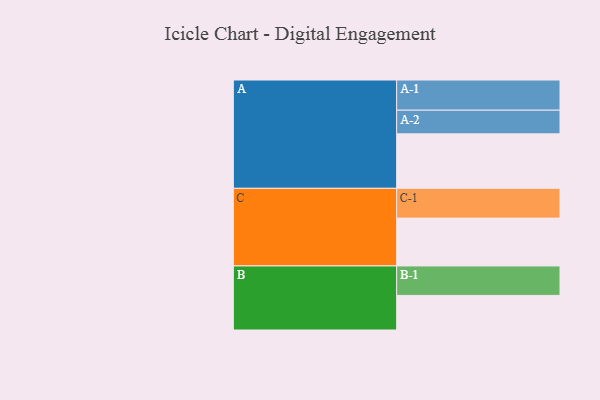
{"axis": {"x": "Segment", "y": "Value"}, "legend": ["", "A", "B", "C"], "data": [{"x": "A", "y": 518, "type": ""}, {"x": "B", "y": 329, "type": ""}, {"x": "C", "y": 455, "type": ""}, {"x": "A-1", "y": 287, "type": "A"}, {"x": "A-2", "y": 225, "type": "A"}, {"x": "B-1", "y": 280, "type": "B"}, {"x": "C-1", "y": 283, "type": "C"}]}